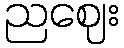
ညဈေး